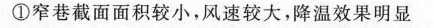
①窄巷截面面积较小，风速较大，降温效果明显